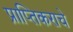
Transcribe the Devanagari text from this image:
प्राप्‍तिकराचे